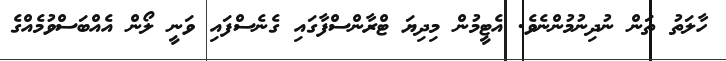
ހާލަތު ތަން ނުދިނުމުންނެވެ. އެޓީމުން މިދިޔަ ޓްރާންސްފާގައި ގެނެސްފައި ވަނީ ލޯން އެއްބަސްވުމެއްގެ